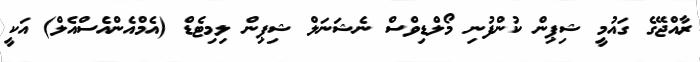
ރާއްޖޭގެ ގައުމީ ޝިޕިން ކުންފުނި މޯލްޑިވްސް ނެޝަނަލް ޝިޕިން ލިމިޓެޑް (އެމްއެންއެސްއެލް) އަކީ